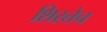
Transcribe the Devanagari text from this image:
शिरतेच